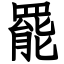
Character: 罷